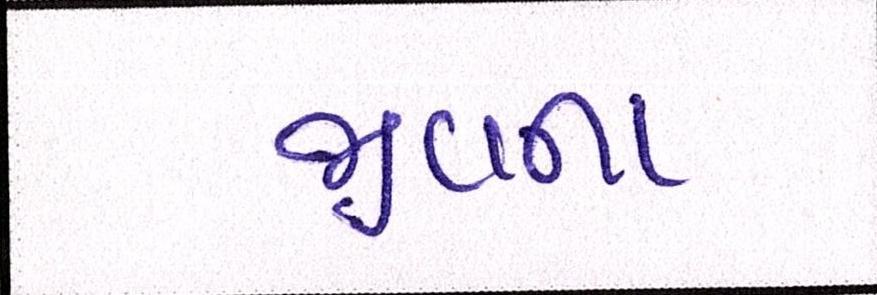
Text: જીવના